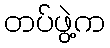
တပ်ဖွဲ့က